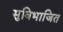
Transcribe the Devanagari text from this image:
सुविभाजित